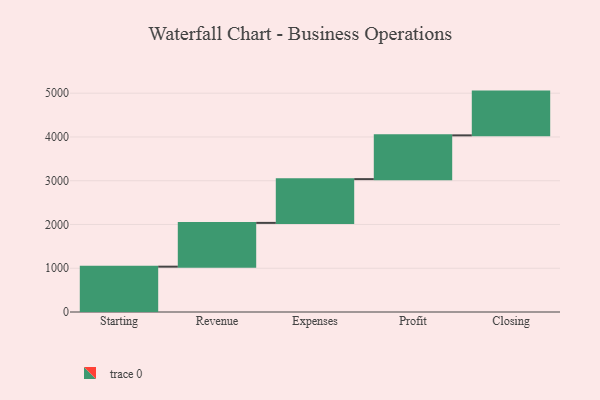
{"axis": {"x": "Step", "y": "Value"}, "legend": [""], "data": [{"x": "Starting", "y": 1036.0, "type": ""}, {"x": "Revenue", "y": 1000, "type": ""}, {"x": "Expenses", "y": 1000, "type": ""}, {"x": "Profit", "y": 1000, "type": ""}, {"x": "Closing", "y": 1000, "type": ""}]}